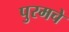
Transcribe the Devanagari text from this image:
पुरमचे